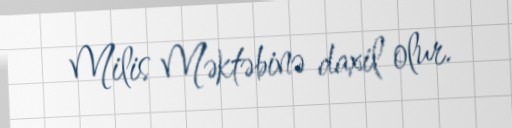
Milis Məktəbinə daxil olur.